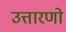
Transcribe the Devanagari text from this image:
उत्तारणो